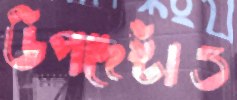
উপদেষ্টাও